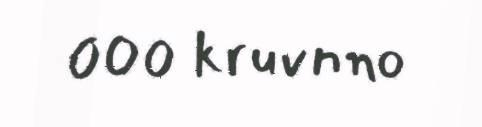
000 kruvnno